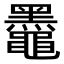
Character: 𫜞